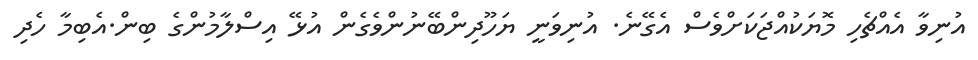
އުނިވާ އެއްޗެހި މޮޔަކުއްޖަކަށްވެސް އެގޭނެ. އުނިވަނީ ޔަހޫދިންބޭނުންވެގެން އުޅޭ އިސްލާމުންގެ ބިން.އެބިމާ ހެދި